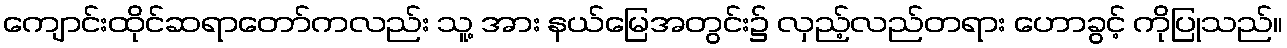
ကျောင်းထိုင်ဆရာတော်ကလည်း သူ့ အား နယ်မြေအတွင်း၌ လှည့်လည်တရား ဟောခွင့် ကိုပြုသည်။